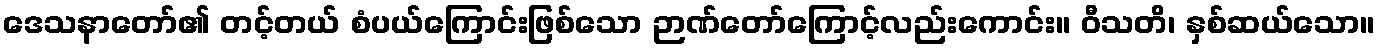
ဒေသနာတော်၏ တင့်တယ် စံပယ်ကြောင်းဖြစ်သော ဉာဏ်တော်ကြောင့်လည်းကောင်း။ ဝီသတိ၊ နှစ်ဆယ်သော။